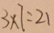
3 \times 7 = 2 1